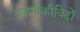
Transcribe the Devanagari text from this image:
तकनीकीविदों